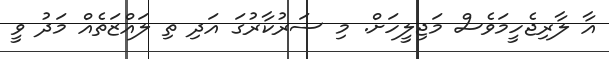
އާ ލާރިޖެހީމަވެސް މަޖިލީހަށް. މި ސަރުކާރުގަ އަދި ތި ލައްޒަތެއް މަދު ވީ